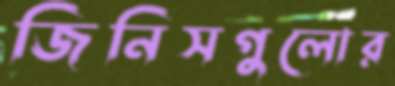
জিনিসগুলোর